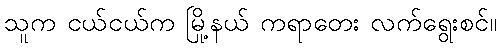
သူက ငယ်ငယ်က မြို့နယ် ကရာတေး လက်ရွေးစင်။